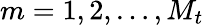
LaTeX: m=1,2,\ldots,M_{t}